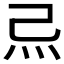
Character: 𤆔